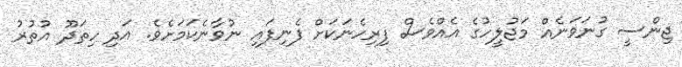
ޖިންސީ ގުނަވަނެއް މަޖުލީހުގެ އެއްވެސް ފިރިހެނަކަށް ފެނިފައި ނުވާނެކަމަށެވެ. އަދި ހިތަދޫ އުތުރު